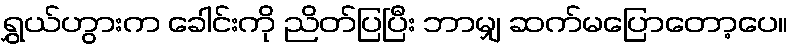
ရွှယ်ဟွားက ခေါင်းကို ညိတ်ပြပြီး ဘာမျှ ဆက်မပြောတော့ပေ။